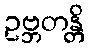
ဥဗ္ဘတန္တိ